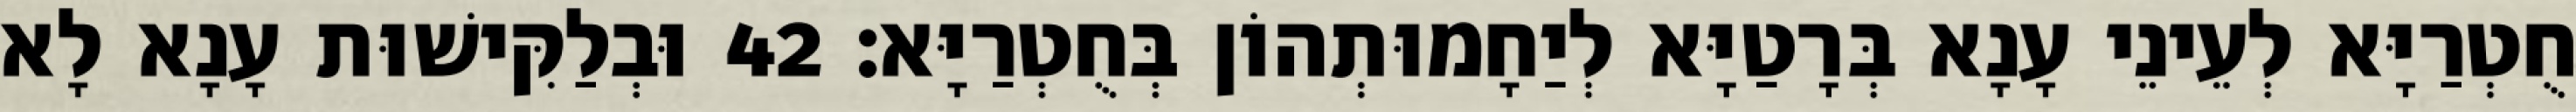
חֻטְרַיָּא לְעֵינֵי עָנָא בְּרָטַיָּא לְיַחָמוּתְהוֹן בְּחֻטְרַיָּא׃ 42 וּבְלַקִּישׁוּת עָנָא לָא